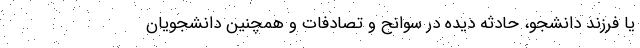
یا فرزند دانشجو، حادثه دیده در سوانح و تصادفات و همچنین دانشجویان